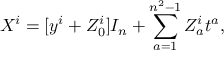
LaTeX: X ^ { i } = [ y ^ { i } + Z _ { 0 } ^ { i } ] I _ { n } + \sum _ { a = 1 } ^ { n ^ { 2 } - 1 } Z _ { a } ^ { i } t ^ { a } ,